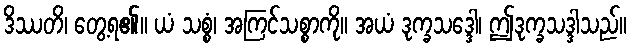
ဒိဿတိ၊ တွေ့ရ၏။ ယံ သစ္စံ၊ အကြင်သစ္စာကို။ အယံ ဒုက္ခသဒ္ဒေါ၊ ဤဒုက္ခသဒ္ဒါသည်။